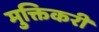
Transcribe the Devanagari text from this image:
मुक्तिकरी